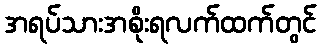
အရပ်သားအစိုးရလက်ထက်တွင်